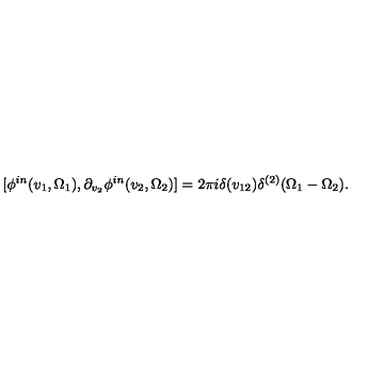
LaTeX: [ \phi ^ { i n } ( v _ { 1 } , \Omega _ { 1 } ) , \partial _ { v _ { 2 } } \phi ^ { i n } ( v _ { 2 } , \Omega _ { 2 } ) ] = 2 \pi i \delta ( v _ { 1 2 } ) \delta ^ { ( 2 ) } ( \Omega _ { 1 } - \Omega _ { 2 } ) .